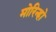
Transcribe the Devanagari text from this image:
मोरिन्हो